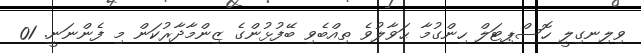
ވިލިނގިލީ ހޮސްޕިޓަލް ހިންގުމާ ޙަވާލުވެ ތިއްބެވި ބޭފުޅުންގެ ޒިންމާދާރުކަން މި ފެންނަނީ. 01